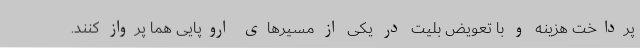
پرداخت هزینه و با تعویض بلیت در یکی از مسیرهای اروپایی هما پرواز کنند.